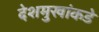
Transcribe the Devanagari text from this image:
देशमुखांकडे